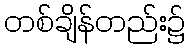
တစ်ချိန်တည်း၌